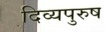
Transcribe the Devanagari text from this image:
दिव्यपुरुष